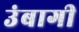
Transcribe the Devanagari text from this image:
उंबागी